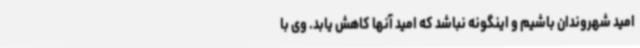
امید شهروندان باشیم و اینگونه نباشد که امید آنها ‌کاهش یابد. وی با